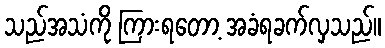
သည်အသံကို ကြားရတော့ အခံရခက်လှသည်။